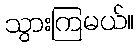
သွားကြမယ်။